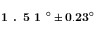
\textbf { 1 . 5 1 } ^ { \circ } \pm \mathbf { 0 . 2 3 } ^ { \circ }